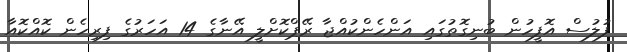
ފުލުސް އޮފީހުން ބުނިގޮތުގައި އަންހެންކުއްޖާ ރޭޕްކޮށްލީ އޭނާގެ 14 އަހަރުގެ ފިރިހެން ކޮއްކޮއާ